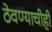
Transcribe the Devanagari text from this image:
ठेवण्याचीही